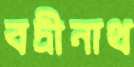
বদ্রীনাথ